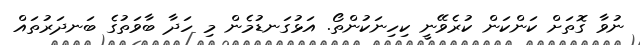
ނުވާ ގޮތަށް ކަންކަން ކުރެވޭނީ ކިހިނަކުންތޯ. އަޅުގަނޑުމެން މި ހަދާ ބާވަތުގެ ބަނދަރުތައް